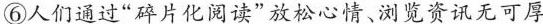
⑥人们通过“碎片化阅读”放松心情、浏览资讯无可厚